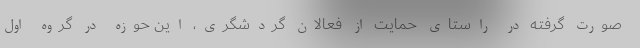
صورت گرفته در راستای حمایت از فعالان گردشگری، این حوزه در گروه اول